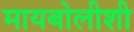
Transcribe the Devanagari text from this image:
मायबोलीशी